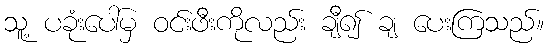
သူ့ ပခုံးပေါ်မှ ဝင်းဖီးကိုလည်း ချီ၍ ချ ပေးကြသည်။